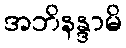
အဘိနန္ဒာမိ